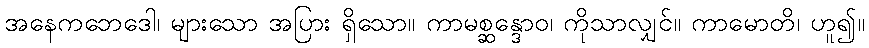
အနေကဘေဒေါ၊ များသော အပြား ရှိသော။ ကာမစ္ဆန္ဒောဝ၊ ကိုသာလျှင်။ ကာမောတိ၊ ဟူ၍။